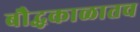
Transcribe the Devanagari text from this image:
बौद्धकाळातच